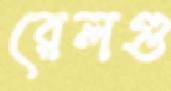
রেলগু